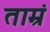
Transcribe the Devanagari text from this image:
ताम्रं